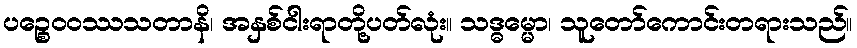
ပဉ္စေဝဝဿသတာနိ၊ အနှစ်ငါးရာတို့ပတ်လုံး။ သဒ္ဓမ္မော၊ သူတော်ကောင်းတရားသည်။